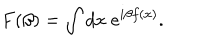
LaTeX: F ( \beta ) = \int d x \; e ^ { i \beta f ( x ) } .